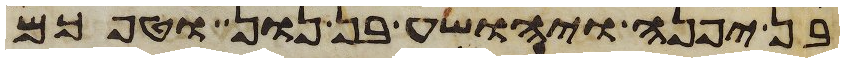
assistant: בן יפנה ויהושע בן נון וטפכם